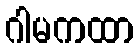
ဂါမကထာ